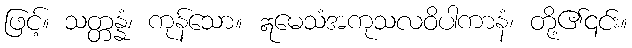
ဖြင့်။ သတ္တန္နံ၊ ကုန်သော။ ဣမေသံအကုသလဝိပါကာနံ၊ တို့၏၎င်း။